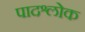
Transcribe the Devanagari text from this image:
पादश्लोक